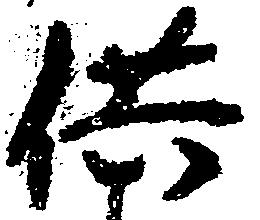
供